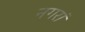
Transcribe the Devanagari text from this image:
नगरां